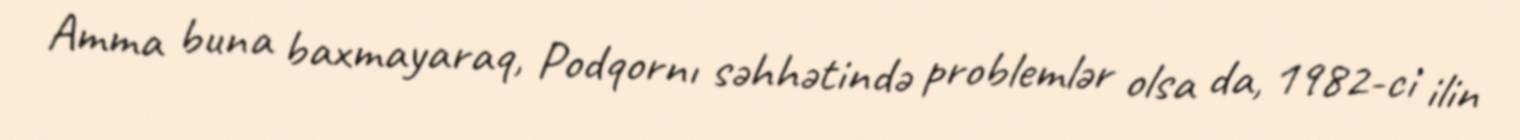
Amma buna baxmayaraq, Podqornı səhhətində problemlər olsa da, 1982-ci ilin